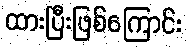
ထားပြီးဖြစ်ကြောင်း